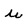
Character: u